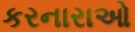
કરનારાઓ